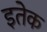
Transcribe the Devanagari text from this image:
इतेक